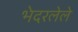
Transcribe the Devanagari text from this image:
भेदरलेले